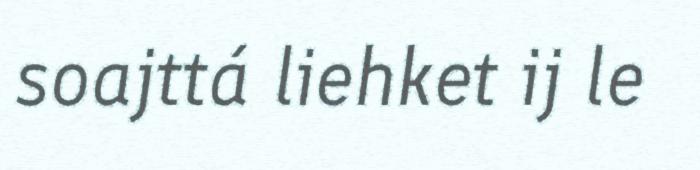
soajttá liehket ij le